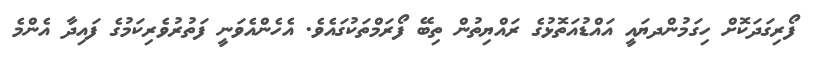
ފޯރިގަދަކޮށް ހިގަމުންދޔައީ އައްޑުއަތޮޅުގެ ރައްޔިތުން ތިބޭ ފޯރަމްތަކުގައެވެ. އެހެންއެވަނީ ފަތުރުވެރިކަމުގެ ފައިދާ އެންމެ